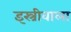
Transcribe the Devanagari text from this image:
इस्त्रीवाला